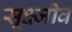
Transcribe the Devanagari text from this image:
सूक्ष्जीव